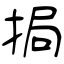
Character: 挶